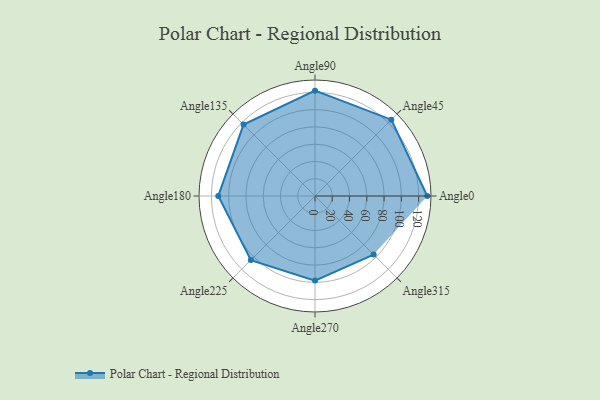
{"axis": {"x": "Angle", "y": "Radius"}, "legend": [""], "data": [{"x": "Angle0", "y": 130.0, "type": ""}, {"x": "Angle45", "y": 125.0, "type": ""}, {"x": "Angle90", "y": 122.0, "type": ""}, {"x": "Angle135", "y": 117.0, "type": ""}, {"x": "Angle180", "y": 112.0, "type": ""}, {"x": "Angle225", "y": 105.0, "type": ""}, {"x": "Angle270", "y": 98.0, "type": ""}, {"x": "Angle315", "y": 96.0, "type": ""}]}